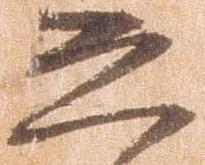
恐